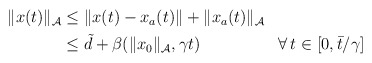
\begin{align*}\begin{aligned}\|x(t)\|_{\mathcal{A}} & \le \|x(t)-x_a(t)\| + \|x_a(t)\|_\mathcal{A}\\ & \le \tilde{d} + \beta(\|x_0\|_{\mathcal{A}},\gamma t) && \forall \, t \in [0, \bar{t}/\gamma]\end{aligned}\end{align*}